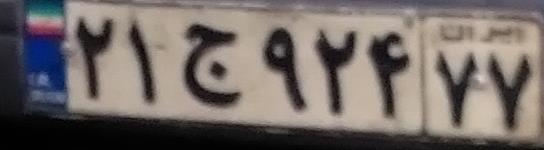
۲۱ج۹۲۴۷۷